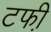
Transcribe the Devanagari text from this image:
टफी़